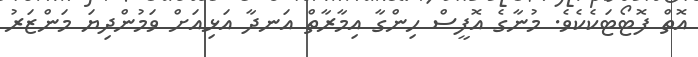
އޮތް ފޮޓޯޓަކެކެވެ. މުނާގެ އޮފީސް ހިންގާ އިމާރާތް އަނދާ އަޅިއަށް ވަމުންދިޔަ މަންޒަރު